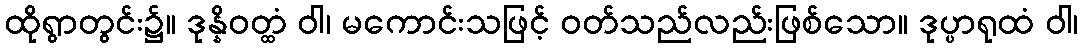
ထိုရွာတွင်း၌။ ဒုန္နိဝတ္ထံ ဝါ၊ မကောင်းသဖြင့် ဝတ်သည်လည်းဖြစ်သော။ ဒုပ္ပာရုထံ ဝါ၊